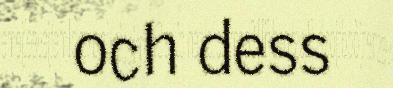
och dess